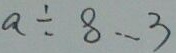
a \div 8 \cdots 3